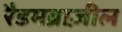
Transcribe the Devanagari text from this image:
रैडमब्राज़ील